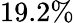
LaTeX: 19.2\%